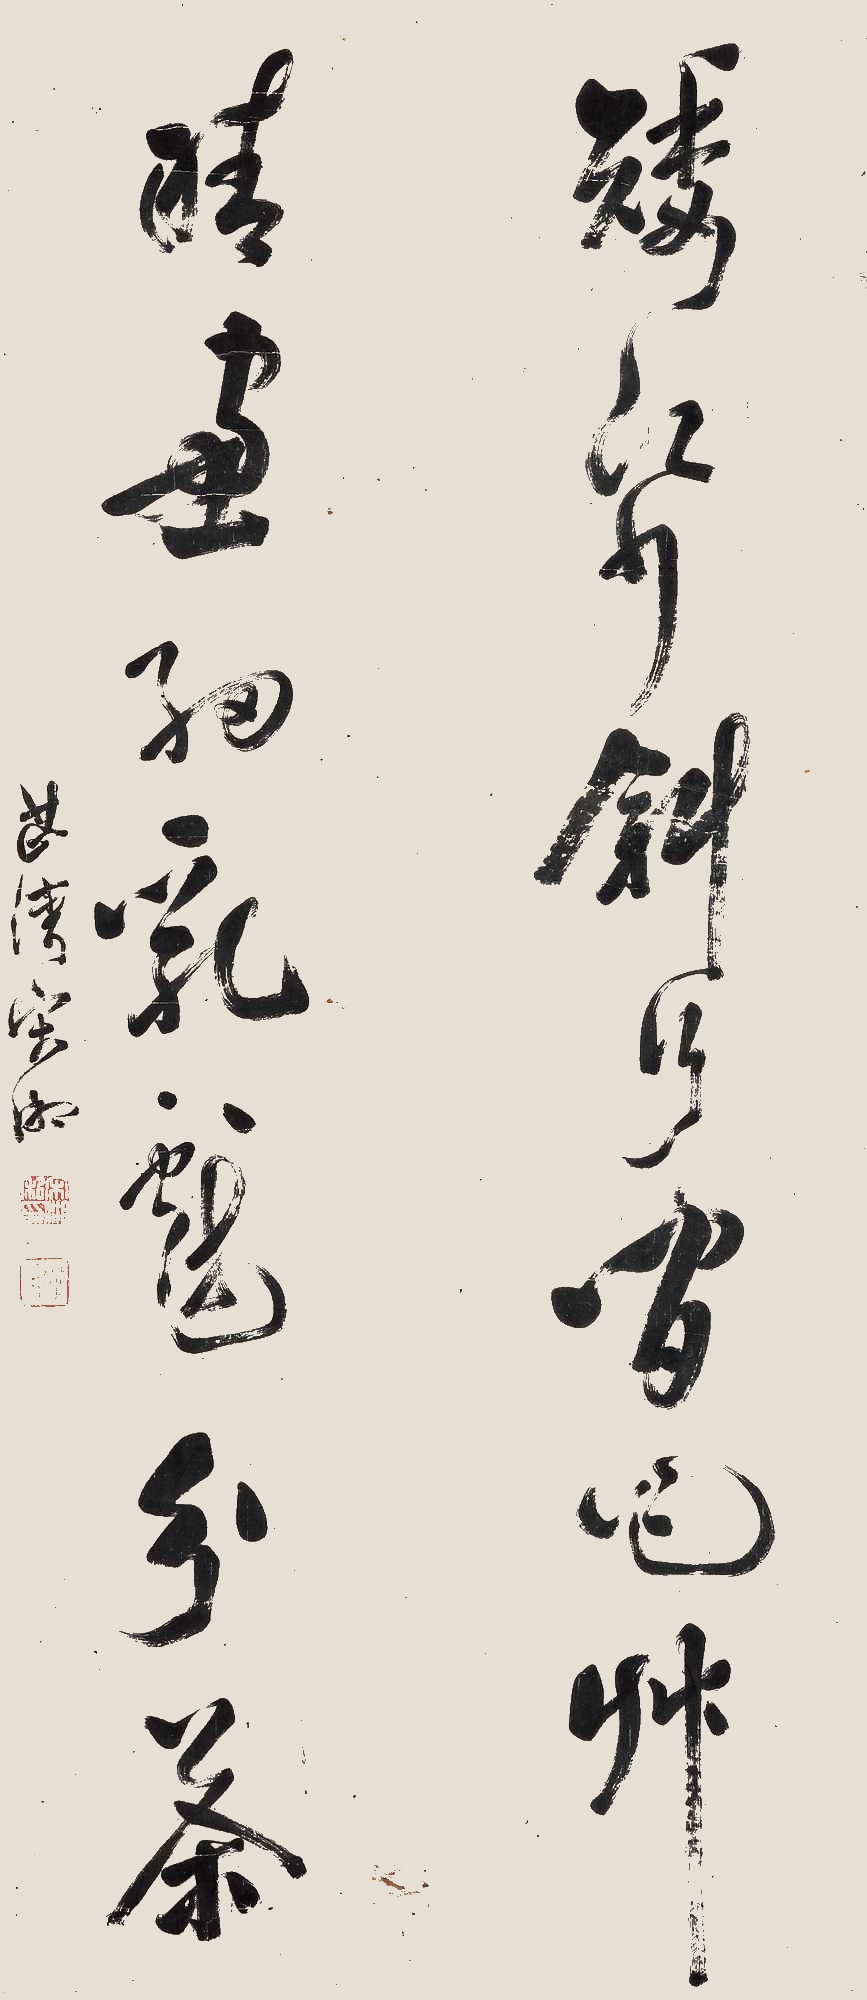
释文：矮纸斜行闲作草，晴窗细乳戏分茶。芷湾宋湘。